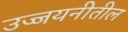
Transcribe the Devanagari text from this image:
उज्जयनीतील